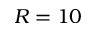
R = 1 0